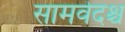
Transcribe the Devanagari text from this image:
सामवेदश्च